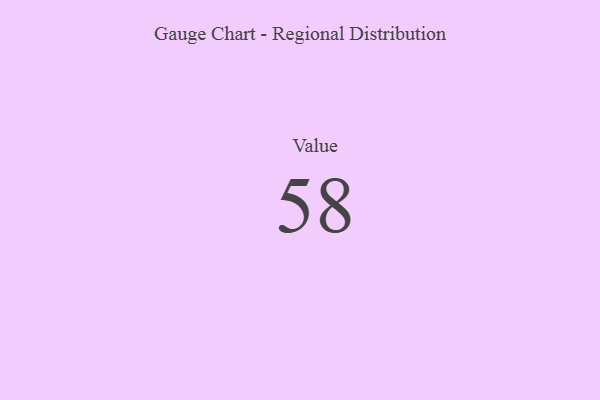
{"axis": {"x": "Metric", "y": "Value"}, "legend": [""], "data": [{"x": "Value", "y": 58, "type": ""}]}